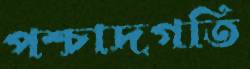
পশ্চাদগতি